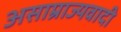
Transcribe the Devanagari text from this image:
असाम्राज्यवादी